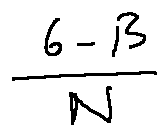
\frac { 6 - \beta } { N }